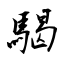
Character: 騔